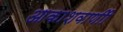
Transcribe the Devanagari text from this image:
आकाशवाणीी